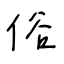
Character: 俗